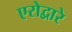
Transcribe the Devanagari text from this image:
एरोद्वारे